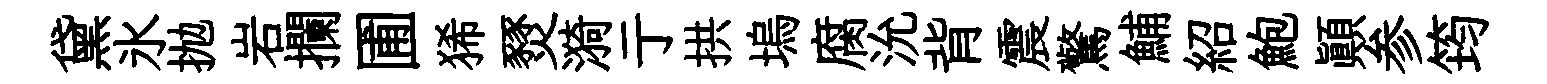
黛氷抛岩攔圃狶燹漪亍拱塢腐沇背震驚鯆紹鮑顛参筠